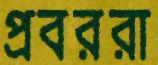
প্রবররা